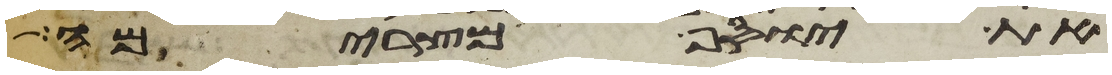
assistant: את יוסף מצרימה